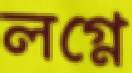
লগ্নে